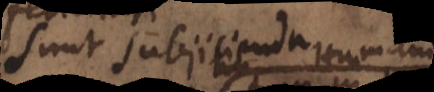
sunt subjicienda